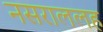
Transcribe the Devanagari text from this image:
नसराललह